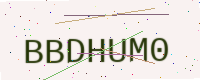
Text: BBDHUM0